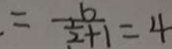
= \frac { 6 } { \frac { 1 } { 2 } + 1 } = 4